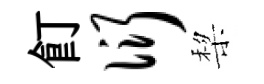
飣衍棃